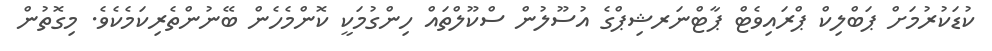
ކުޑަކުރުމަށް ޕަބްލިކް ޕްރައިވެޓް ޕާޓްނަރޝިޕްގެ އުސޫލުން ސްކޫލްތައް ހިންގުމަކީ ކޮންމެހެން ބޭނުންތެރިކަމެކެވެ. މިގޮތުން